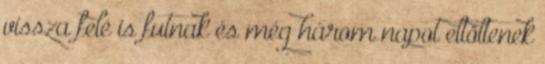
vissza felé is futnak és még három napot eltöltenek